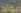
مواد